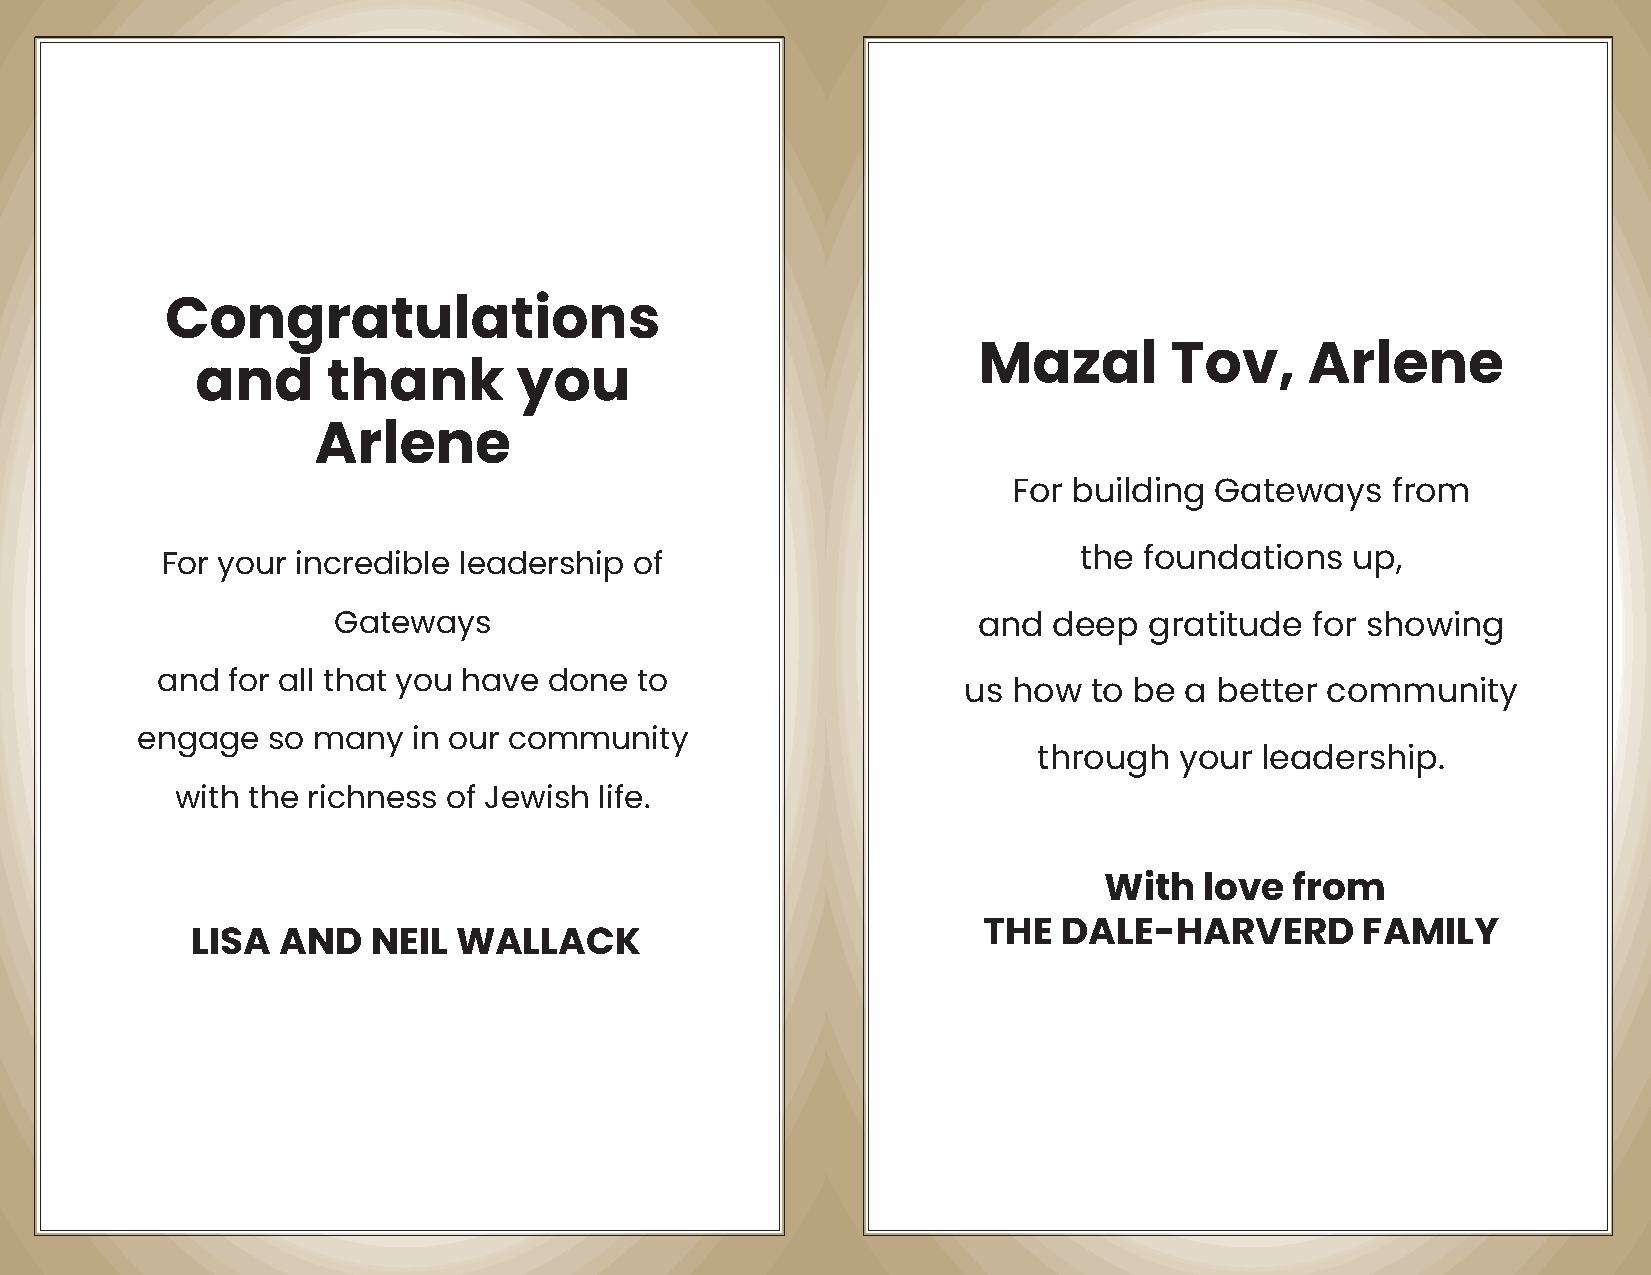
Congratulations
 Mazal       Tov,      Arlene
 and      thank       you
 Arlene
 For building Gateways    from
 the  foundations  up,
 For your incredible leadership of
 Gateways                                   and  deep  gratitude  for showing
 and  for all that you have done to
 us how  to be a  better community
 engage   so many  in our community
 through  your leadership.
 with the richness of Jewish life.
 With   love  from
 THE  DALE-HARVERD        FAMILY
 LISA  AND   NEIL WALLACK